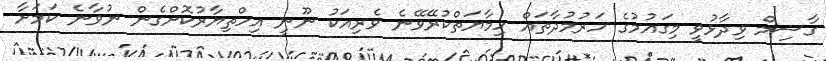
ގާސިމް ވިދާޅުވީ މިގައުމުގެ ހަރުމުދާތައް ހިމާޔަތްކުރޭވޭނެ ވެރިއަކު ނޫނީ އިހްތިޔާރުކޮށްގެން ނުވާނެ ކަމަށާ